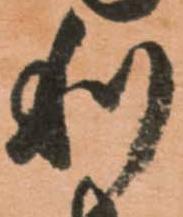
利